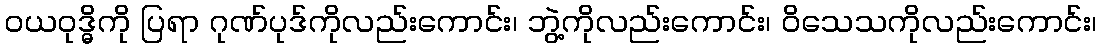
ဝယဝုဒ္ဓိကို ပြရာ ဂုဏ်ပုဒ်ကိုလည်းကောင်း၊ ဘွဲ့ကိုလည်းကောင်း၊ ဝိသေသကိုလည်းကောင်း၊